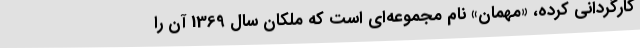
کارگردانی کرده، «مهمان» نام مجموعه‌ای است که ملکان سال 1369 آن را